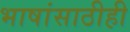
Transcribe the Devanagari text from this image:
भाषांसाठीही